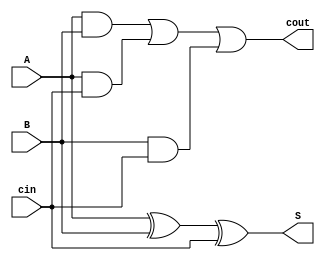
module carry_lookahead_adder(
  input wire A, B, // Inputs
  input wire cin,   // Carry in
  output wire S, cout // Output sum & carry out
);

  assign S = A ^ B ^ cin;
  assign cout = (A & B) | (A & cin) | (B & cin);

endmodule